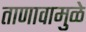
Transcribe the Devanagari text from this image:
ताणावामुळे